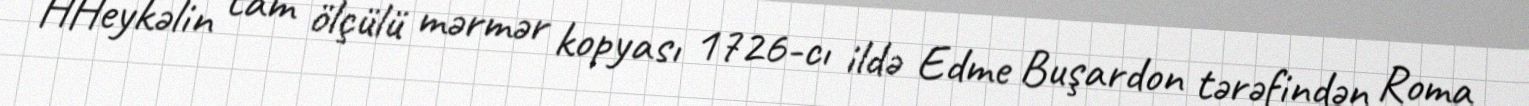
HHeykəlin tam ölçülü mərmər kopyası 1726-cı ildə Edme Buşardon tərəfindən Roma